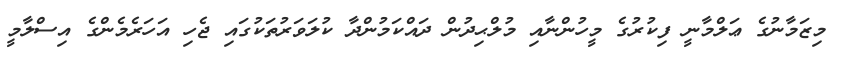
މިޒަމާނުގެ ޢަލްމާނީ ފިކުރުގެ މީހުންނާއި މުލްޙިދުން ދައްކަމުންދާ ކުލަވަރުތަކުގައި ޖެހި އަހަރެމެންގެ އިސްލާމީ